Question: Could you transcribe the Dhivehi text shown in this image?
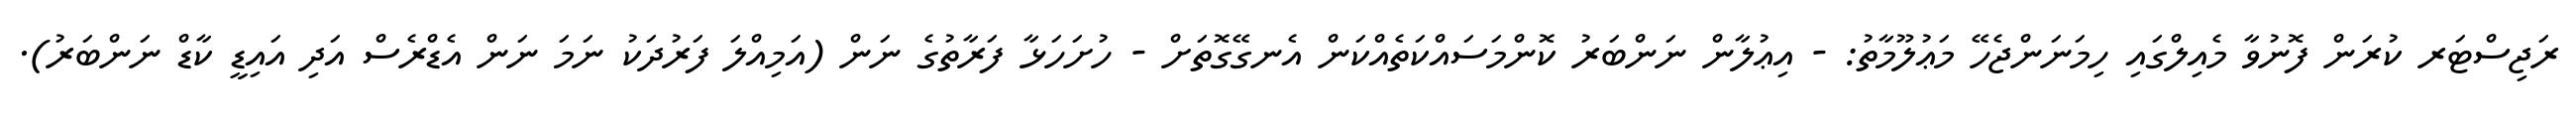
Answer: ރަޖިސްޓަރ ކުރަން ފޮނުވާ މެއިލްގައި ހިމަނަންޖެހޭ މަޢުލޫމާތު: - އިޢުލާން ނަންބަރު ކޮންމަސައްކަތެއްކަން އެނގޭގޮތަށް - ހުށަހަޅާ ފަރާތުގެ ނަން (އަމިއްލަ ފަރުދަކު ނަމަ ނަން އެޑްރެސް އަދި އައިޑީ ކާޑް ނަންބަރު).